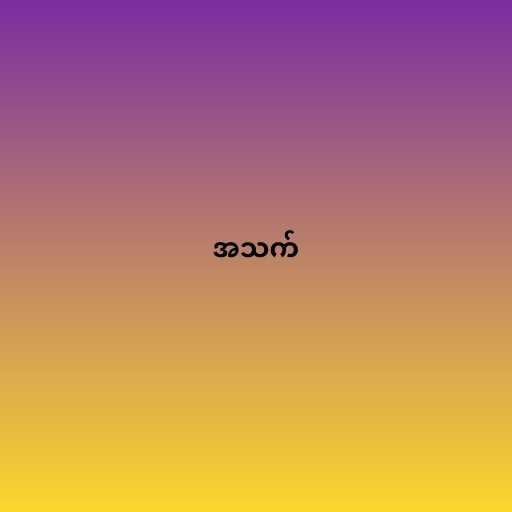
အသက်